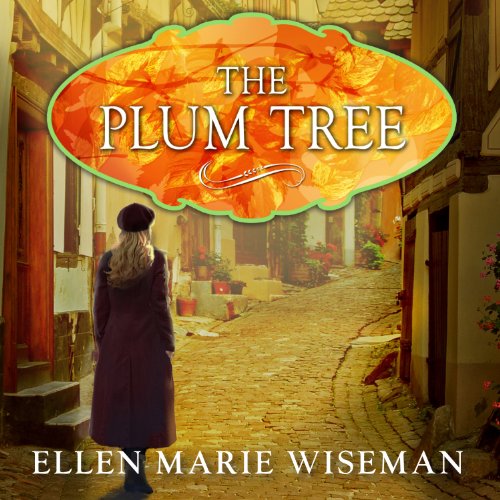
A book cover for The Plum Tree; Ellen Marie Wiseman; Literature & Fiction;